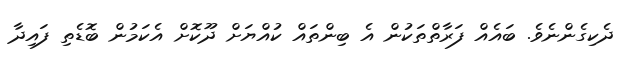
ދެކިގެންނެވެ. ބައެއް ފަރާތްތަކުން އެ ބިންތައް ކުއްޔަށް ދޫކޮށް އެކަމުން ބޮޑެތި ފައިދާ